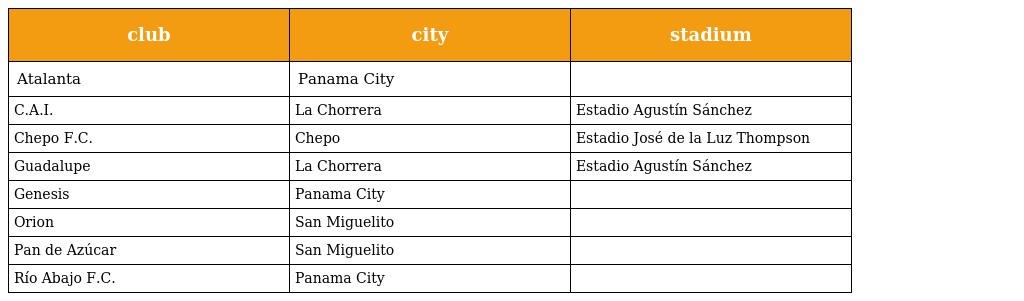
| club | city | stadium |
 | --- | --- | --- |
 | Atalanta | Panama City |  |
 | C.A.I. | La Chorrera | Estadio Agustín Sánchez |
 | Chepo F.C. | Chepo | Estadio José de la Luz Thompson |
 | Guadalupe | La Chorrera | Estadio Agustín Sánchez |
 | Genesis | Panama City |  |
 | Orion | San Miguelito |  |
 | Pan de Azúcar | San Miguelito |  |
 | Río Abajo F.C. | Panama City |  |